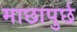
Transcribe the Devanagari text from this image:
माछापुर्छ